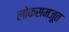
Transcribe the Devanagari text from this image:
लोकसमजूत